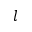
l